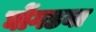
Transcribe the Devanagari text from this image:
घोंगडया